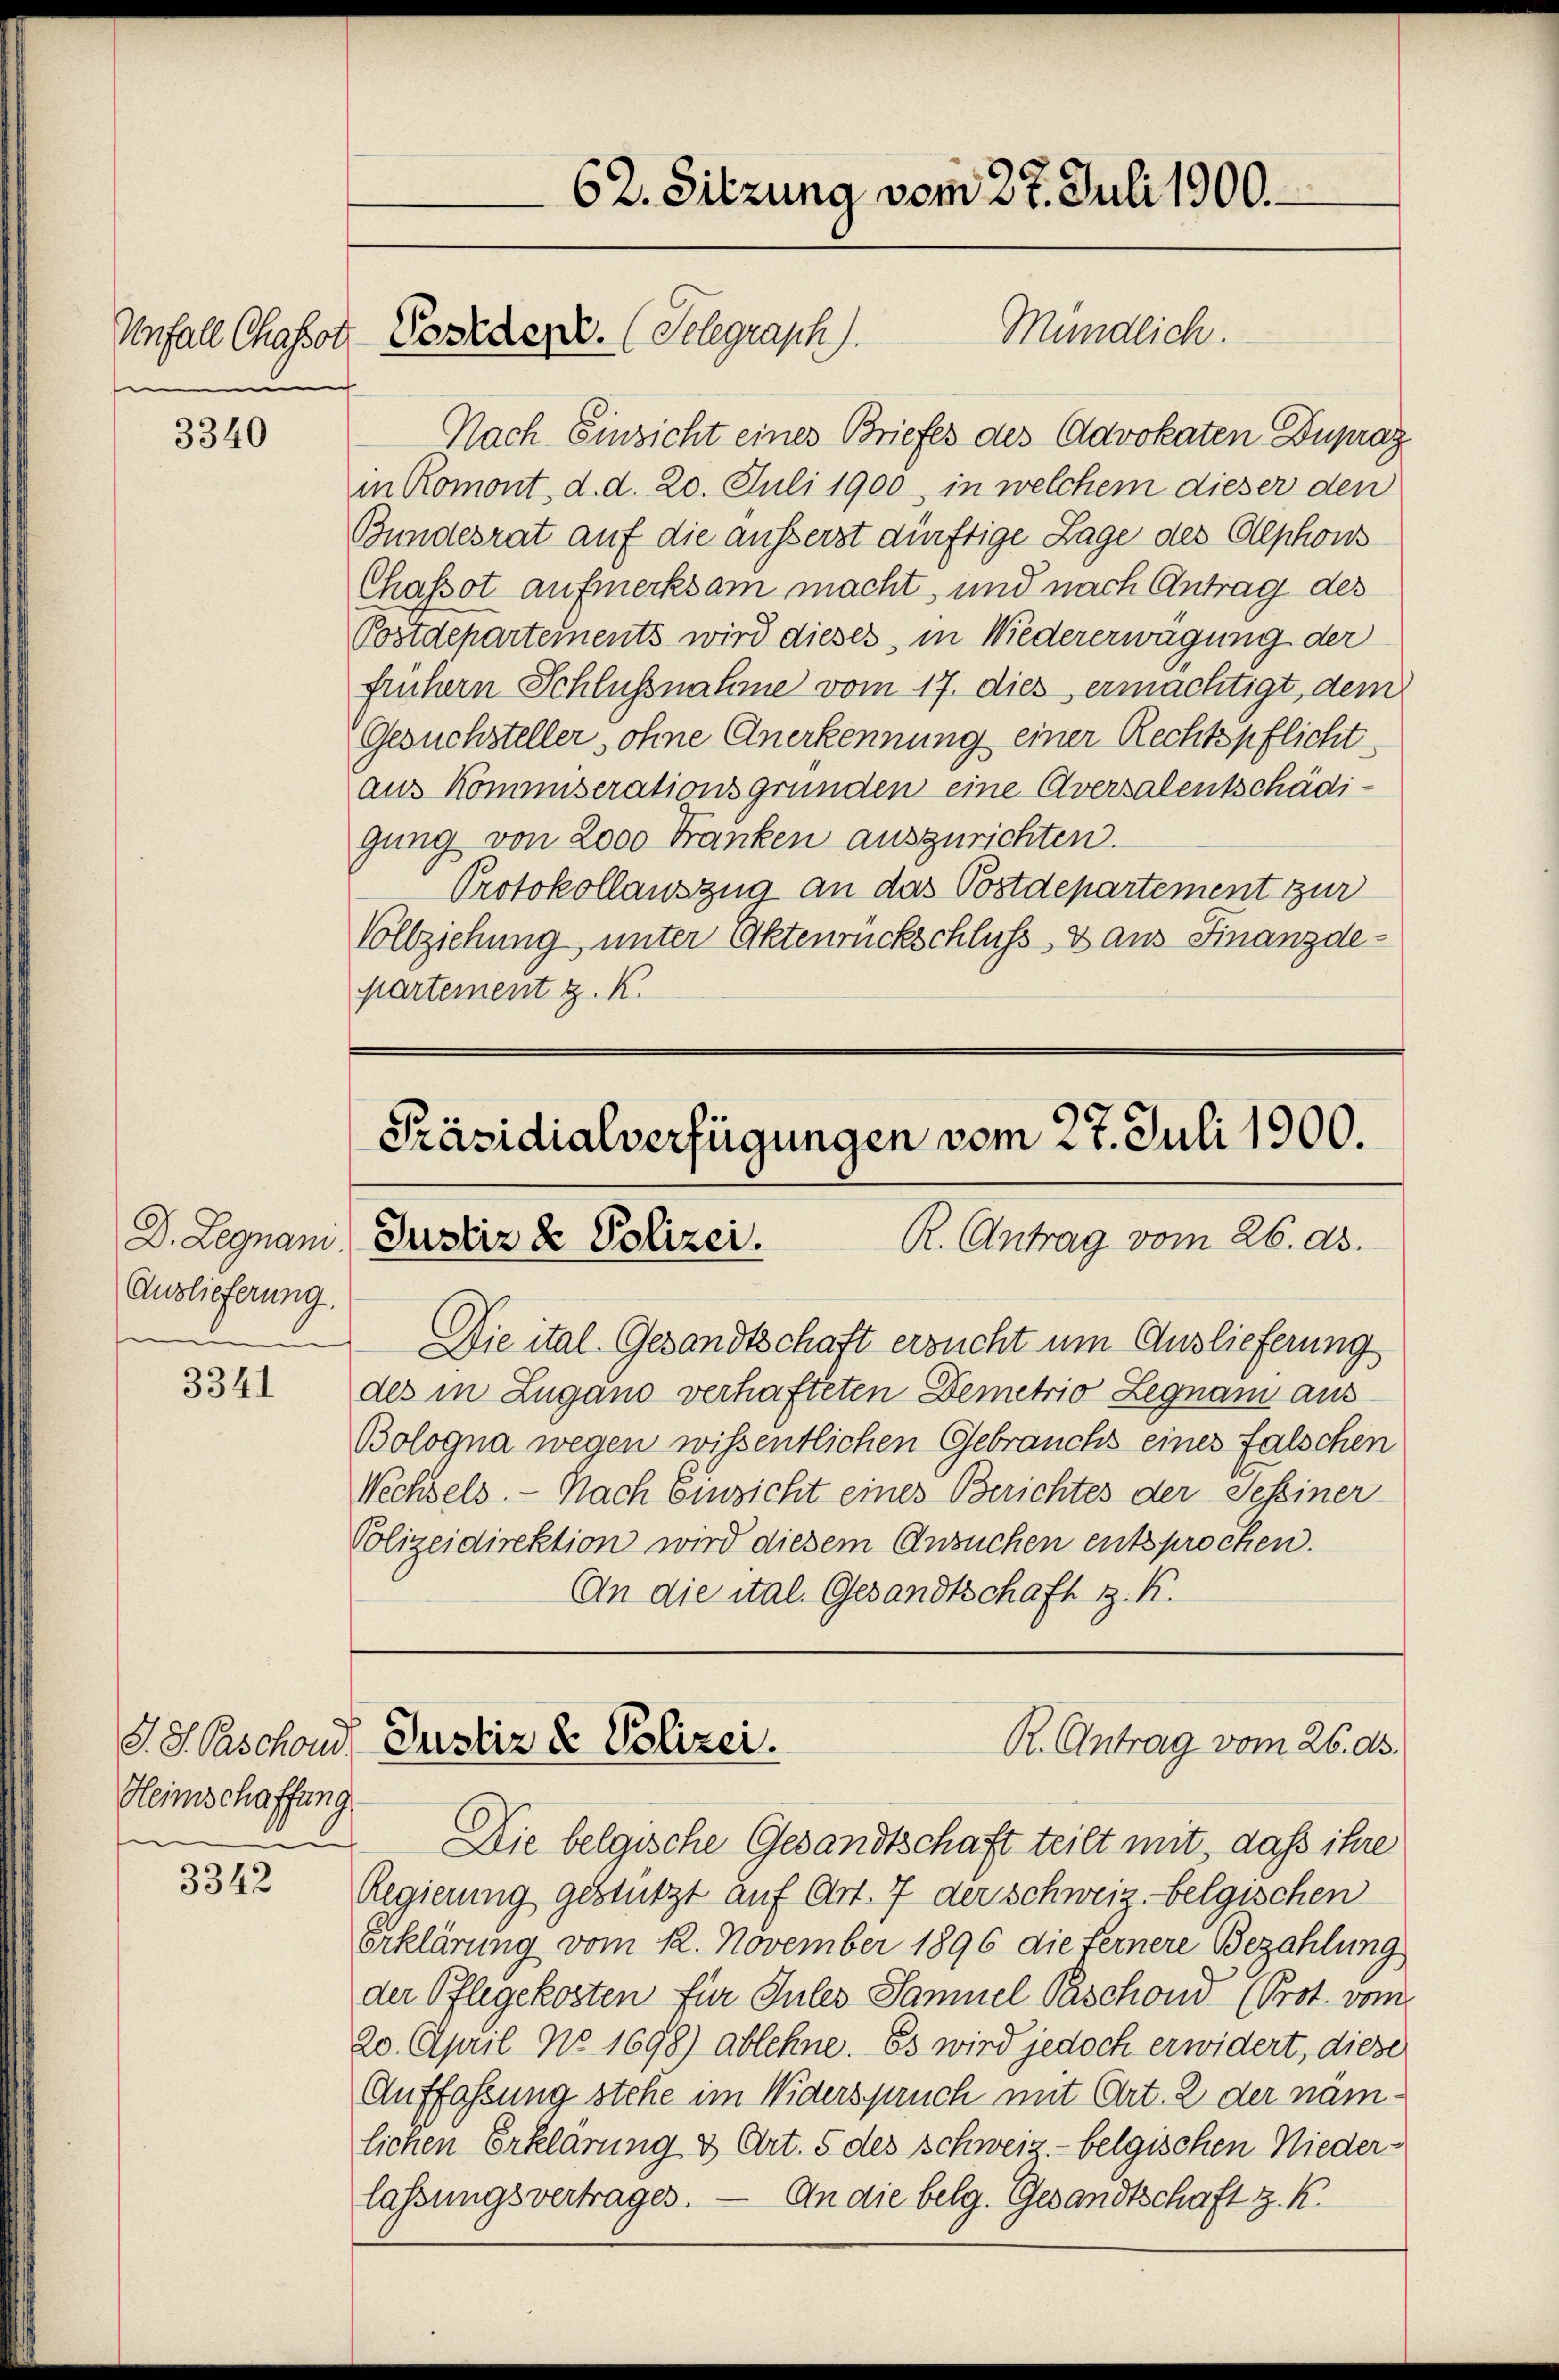
3340

Auslieferung

3341

S. S. Paschoud
Heimschaffung.
e

3342

Mündlich.
Nach Einsicht eines Briefes des Advokaten Duprag
in Romont, d. d. 20. Juli 1900, in welchem dieser den
Bundesrat auf die äusserst dürftige Lage des Alphons
Chassot aufmerksam macht, und nach Antrag des
Postdepartements wird dieses, in Niedererwägung der
frühern Schlussnahme vom 17. dies ermächtigt, dem
Gesuchsteller, ohne Anerkennung einer Rechtspflicht
aus Kommiserationsgründen eine Aversalentschädigung von 2000 Franken auszurichten.
Protokollauszug an das Postdepartement zur
Vollziehung, unter Aktenrückschluss, & aus Finanzdepartement z. K.

c

Unfall Chassor Postden. (Selegraph).

62. Sitzung vom 27. Juli 1900.

Die ital. Gesandtschaft ersucht um Auslieferung
des in Zugano verhafteten Demetrio Legnam aus
Bologna wegen wissentlichen Gebrauchs eines falschen
Wechsels. — Nach Einsicht eines Berichtes der Sessiner
Polizeidirektion wird diesem Ansuchen entsprochen.
An die ital. Gesandtschaft z. K.

Die belgische Gesandtschaft teilt mit, daß ihre
Regierung gestützt auf Art. 7 der Schweiz. belgischen
Erklärung vom 12. November 1896 die Fernere Bezahlung
der Pflegekosten für Sules Samuel Paschond (Prot. vom
20. April No 1698) ablehne. Es wird jedoch erwidert, diese
Auffassung stehe im Widerspruch mit Art. 2 der namlichen Erklärung & Art. 5 des schweiz - belgischen Niederlassungsvertrages. — An die belg. Gesandtschaft z. K.

Präsidialverfügungen vom 27. Juli 1900.
D. Legnam, Justiz & Polizei.
R. Antrag vom 26. ds.

Justiz & Polizei.
R. Antrag vom 26. ds.